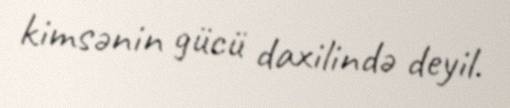
kimsənin gücü daxilində deyil.